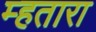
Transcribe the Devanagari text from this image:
म्हतारा